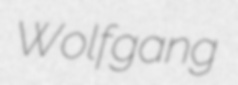
Wolfgang